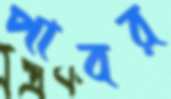
পাবর